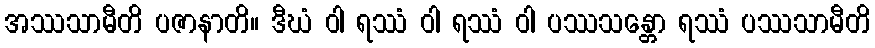
အဿသာမီတိ ပဇာနာတိ။ ဒီဃံ ဝါ ရဿံ ဝါ ရဿံ ဝါ ပဿသန္တော ရဿံ ပဿသာမီတိ